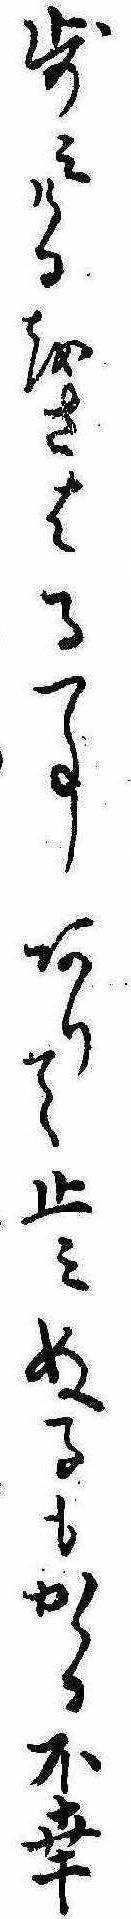
歩みけるをさはる事ありて止みぬるもかゝる不幸